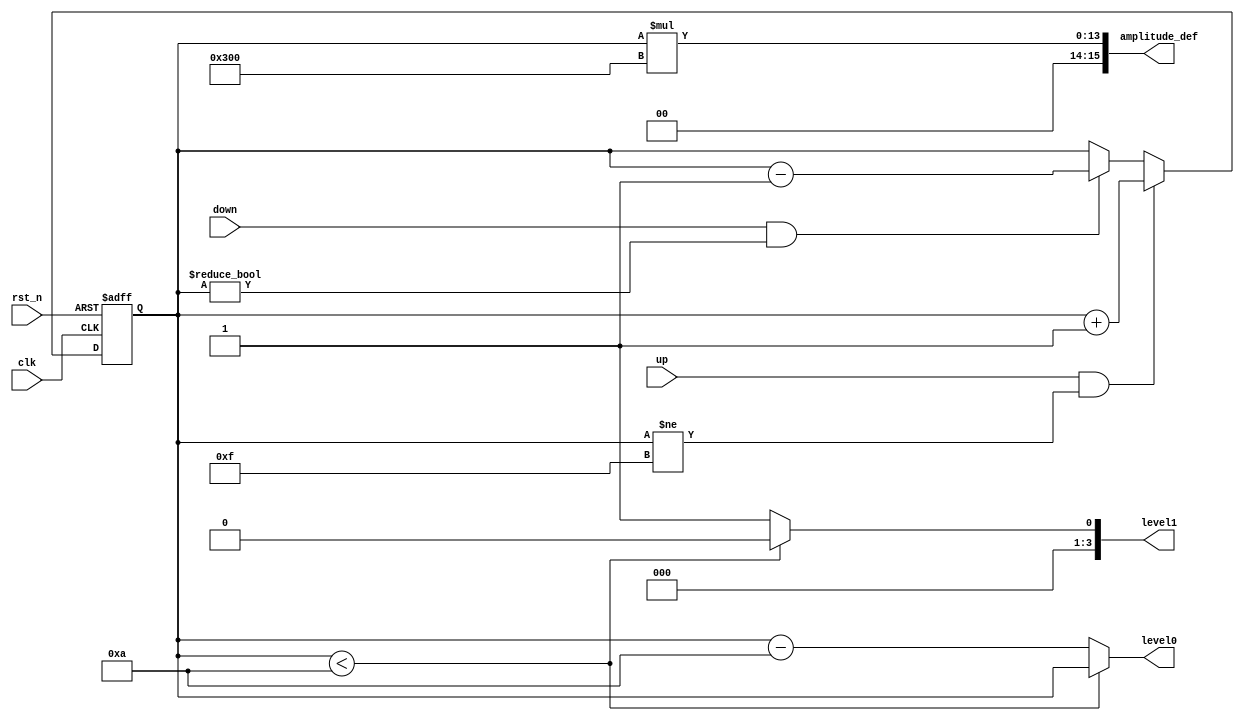
module volume(amplitude_def,level0,level1,rst_n,up,down,clk);

input up,down,rst_n,clk;
output [15:0]amplitude_def;
output [3:0]level0,level1;

reg [3:0]cnt_tmp, cnt;

wire enable_up,enable_down;
reg [3:0] value0,value1;

assign level0= value0;
assign level1= value1;
assign amplitude_def = cnt*(16'h0300);

always@*
    if (up && cnt != 4'd15)
        cnt_tmp = cnt + 1;
    else if (down && cnt != 4'd0)
        cnt_tmp = cnt - 1;
    else
        cnt_tmp = cnt;

always@(posedge clk or negedge rst_n)
    if (~rst_n)
        cnt <= 6;
    else
        cnt <= cnt_tmp;

always@*
    if (cnt < 4'd10)
        begin
            value1 = 4'd0;
            value0 = cnt ;
        end
    else
        begin
            value1 = 4'd1;
            value0 = cnt - 4'd10;
        end

endmodule